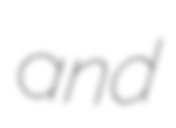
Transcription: and